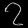
Digit: ၇